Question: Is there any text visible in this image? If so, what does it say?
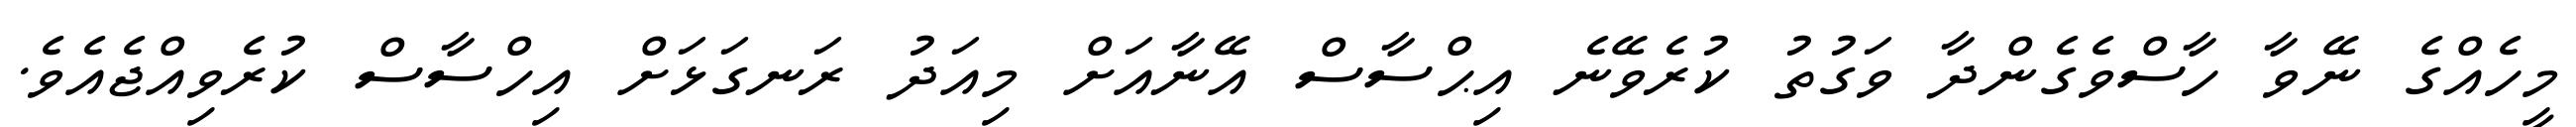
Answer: މީހެއްގެ ނޭވާ ހާސްވެގެންދާ ވަގުތު ކުރެވޭނެ އިޙްސާސް އޭނާއަށް މިއަދު ރަނގަޅަށް އިހްސާސް ކުރެވިއްޖެއެވެ.